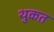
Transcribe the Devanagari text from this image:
थुकत